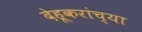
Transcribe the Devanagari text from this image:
देहूकरांच्या